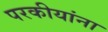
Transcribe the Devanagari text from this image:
परकीयांना